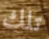
تلك